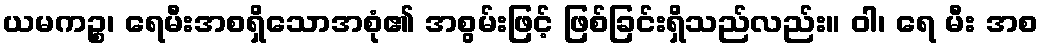
ယမကဉ္စ၊ ရေမီးအစရှိသောအစုံ၏ အစွမ်းဖြင့် ဖြစ်ခြင်းရှိသည်လည်း။ ဝါ၊ ရေ မီး အစ